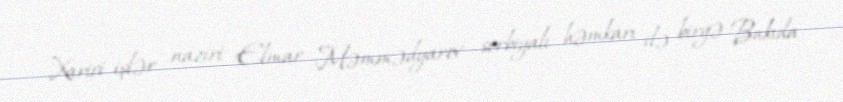
Xarici işlər naziri Elmar Məmmədyarov serbiyalı həmkarı ilə birgə Bakıda